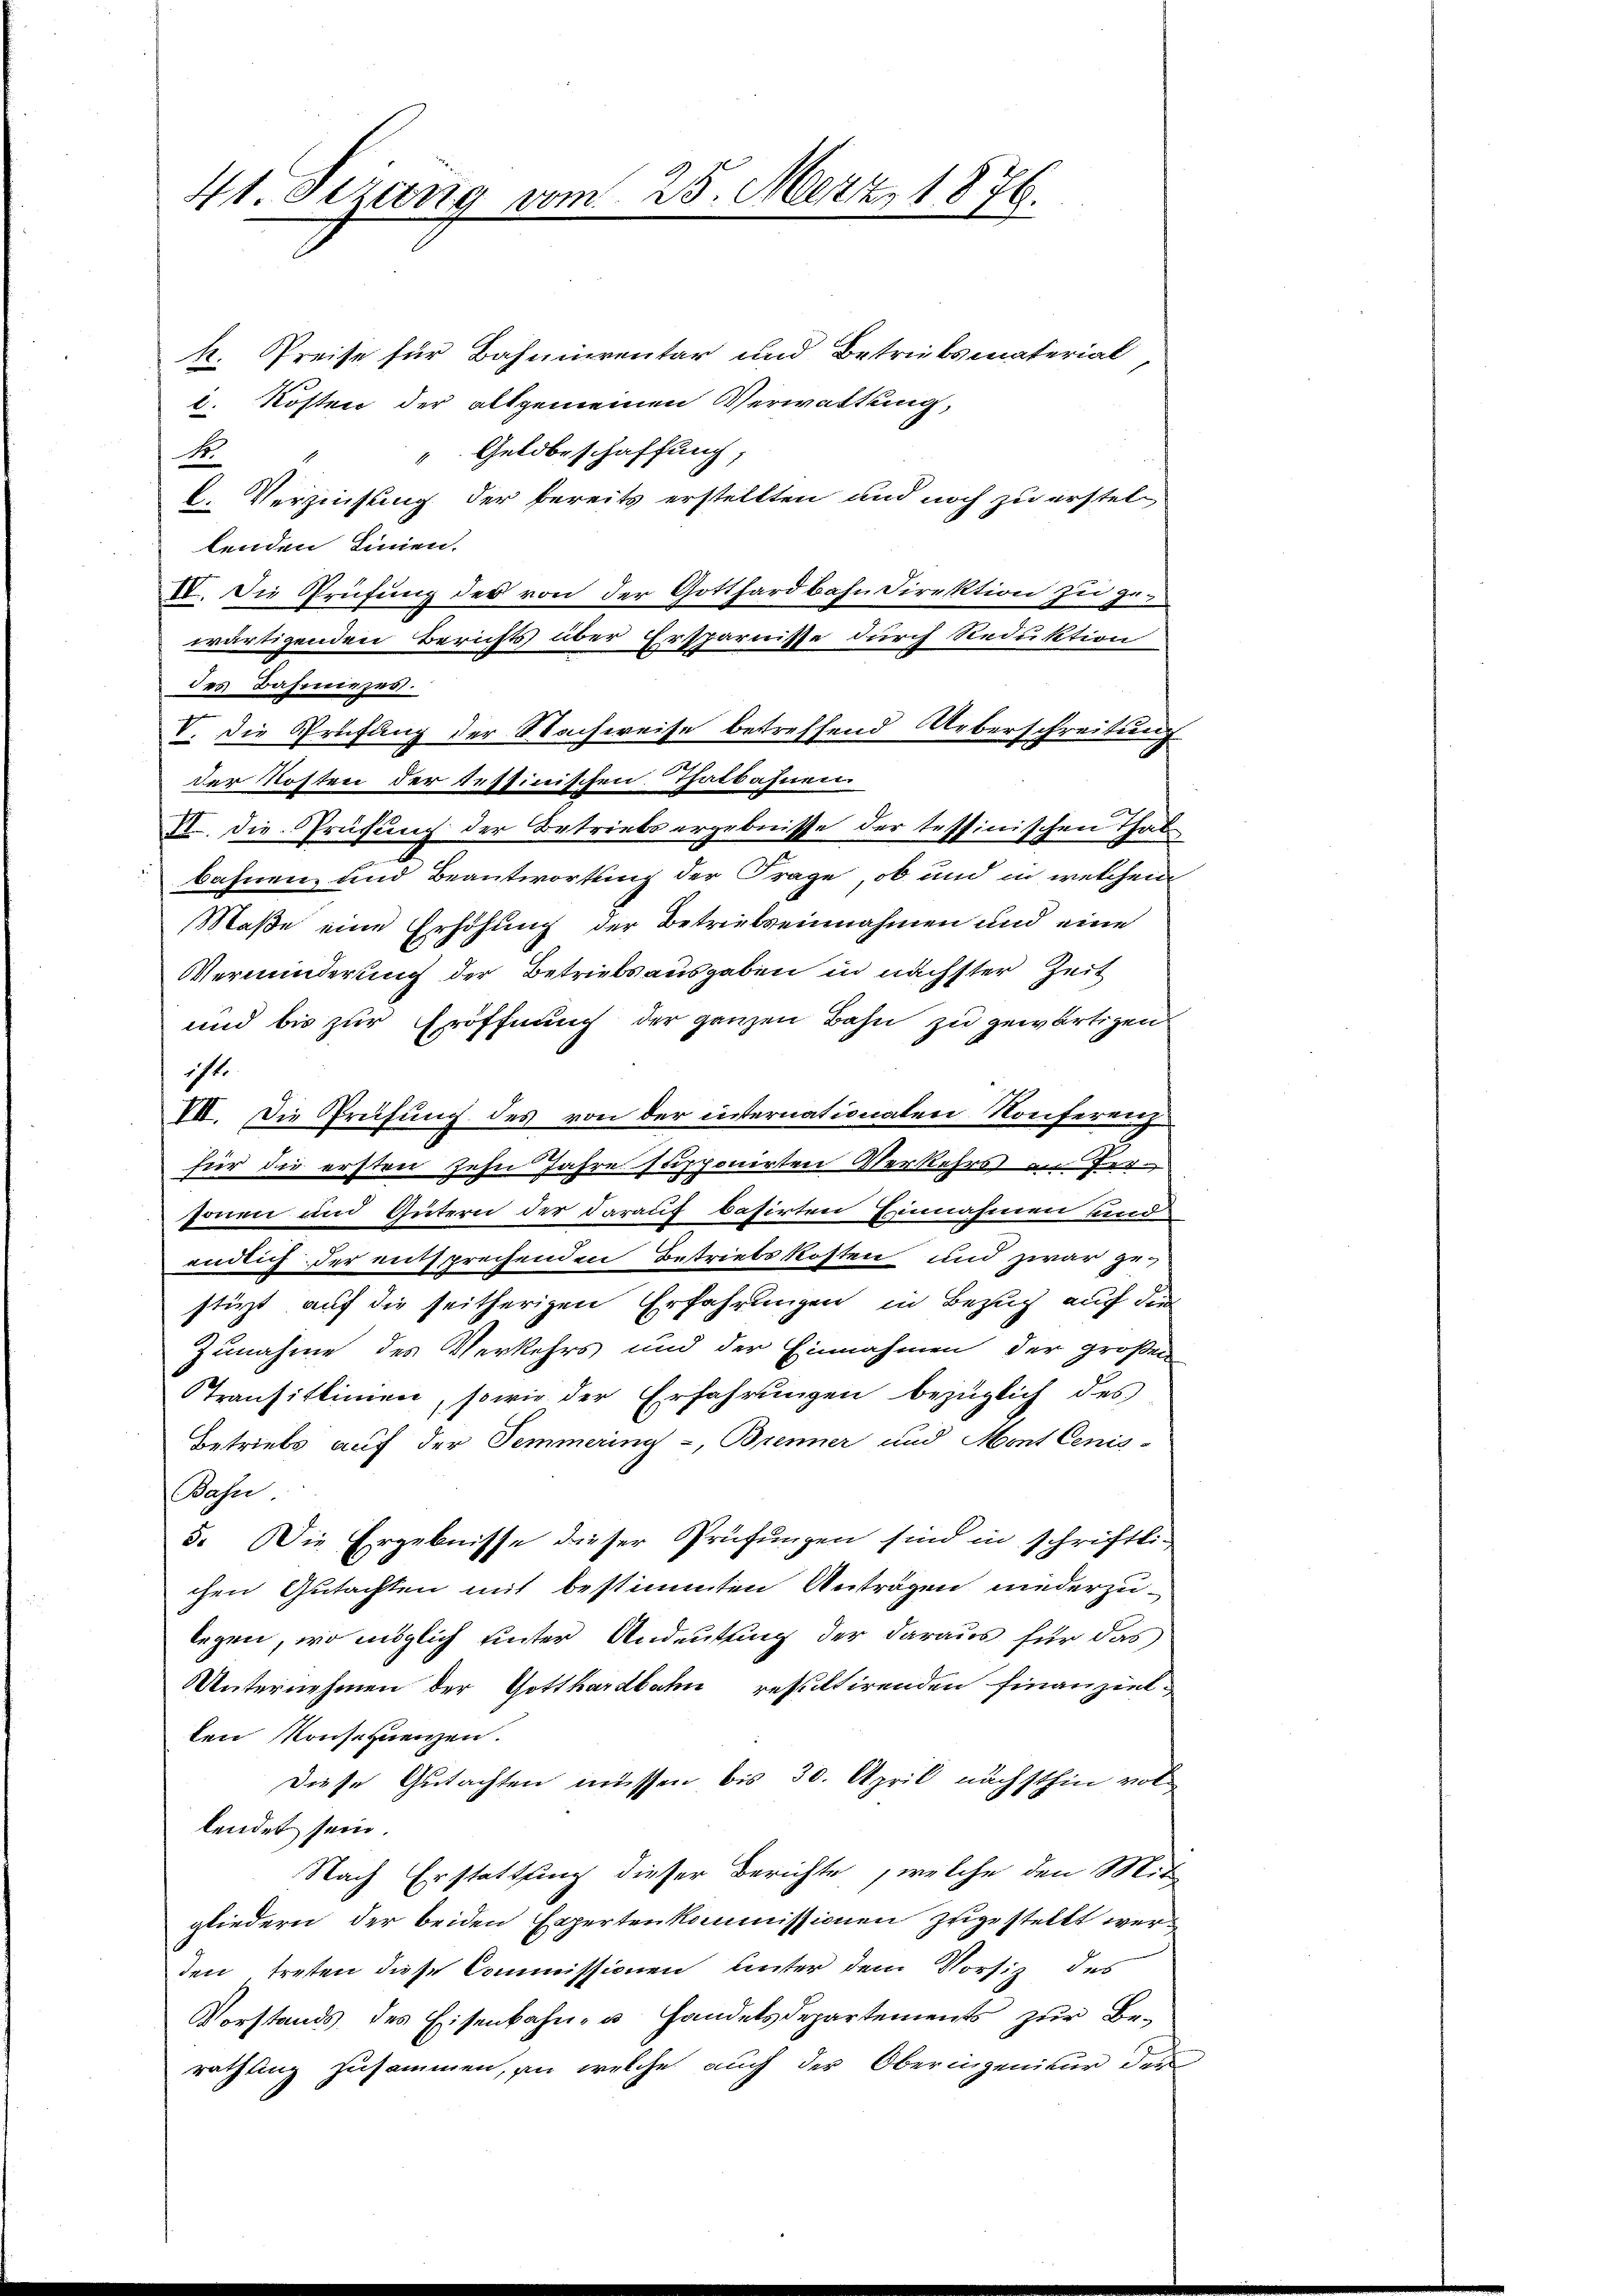
41. Sezung vom 25. März, 1876.

k. Preise für Bahninventar und Betriebsmaterial
i. Kosten der allgemeinen Verwaltung,
 Geldbeschaffung,
So
l. Verzinsung der bereits erstellten und noch zu erstellenden Linien.
IV. Die Prüfung des von der Gotthardbahn Direktion zu zuwärtigenden Berichts über Ersparnisse durch Reduktion
des Bahniezen.
V. Die Prüfung der Nachweise betreffend Ueberschreitung
der Kosten der tettinischen Thatbahnen
F. Die Prüfung der Betriebs ergebnisse der tessinischen Thalbahnen und Beantwortung der Frage, ob und in welchem
Maße eine Erhöhung der Betriebseinnahmen und eine
Verminderung der Betriebsausgaben in nächster Zeit
und bis zur Eröffnung der ganzen Bahn zu gewärtigen
ist.
III. Die Prüfung des von der internationalen Konferen
für die ersten zehn Jahre supponirten Verkehrs an Hersonen und Gütern der darauf basirten Einnahmen hierendlich der entsprechenden Betriebskosten und zwar zustürzt auf die seitherigen Erfahrungen in Bezug auf die
Zunahme des Verkehrs und der Einnahmen der großen
STransittimen, sowie der Erfahrungen bezüglich des
Betriebs auf der Temmering-, Brenner und Mont Cenis-
Bahn.
5. Die Ergebnisse dieser Prüfungen sind in schriftli-
chen Gutachten mit bestimmten Anträgen niederzu-
legen, wo möglich unter Andeutung der daraus für das
Unternehmen der Gotthardbahn resultirenden Finanzielten Konsequenzen.
Diese Gutachten müssen bis 30. April nächsthin vollendet sein.
Nach Erstattung dieser Berichte, welche den Mit-
gliedern, der beiden Expertenkommissionen zugestellt werden treten diese Commissionen leiter dem Vorsitz des
Vorstands des Eisenbahn- u. Handelsdepartements zur Be-
rathung zusammen, an welche auch der Oberingenitur der